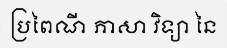
ប្រពៃណី ភាសា វិទ្យា នៃ